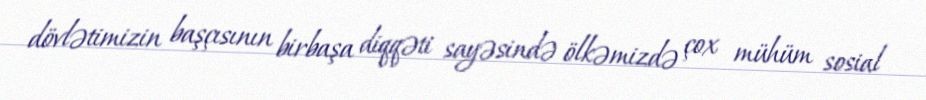
dövlətimizin başçısının birbaşa diqqəti sayəsində ölkəmizdə çox mühüm sosial